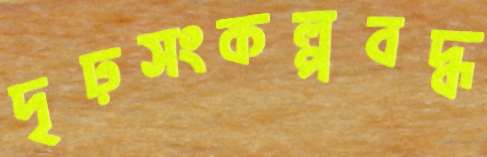
দৃঢ়সংকল্পবদ্ধ